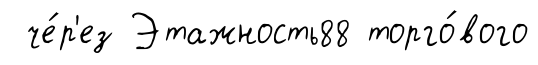
че́р'ез Этажность88 торго́вого